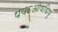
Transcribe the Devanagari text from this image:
पयऽओषधिषु